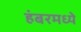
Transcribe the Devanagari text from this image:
हंबरमध्ये